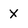
Character: X